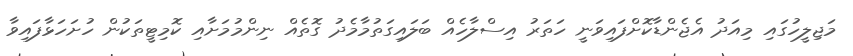
މަޖިލީހުގައި މިއަދު އެޖެންޑާކޮށްފައިވަނީ ހަތަރު އިސްލާހެއް ބަލައިގަތުމާމެދު ގޮތެއް ނިންމުމަށާއި ކޮމިޓީތަކުން ހުށަހަޅާފައިވާ